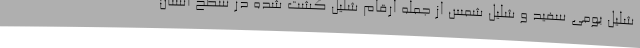
شلیل بومی سفید و شلیل شمس از جمله ارقام شلیل کشت شده در سطح استان